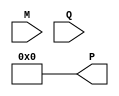
module modified_booth_multiplier(
    input signed [15:0] M,        // Multiplicand
    input signed [15:0] Q,        // Multiplier
    output reg signed [31:0] P     // Product
);
    reg signed [31:0] A;          // Accumulator
    reg [16:0] Q_ext;             // Extended multiplier with sign bit
    reg [4:0] count;              // Count for iterations

    // Booth Encoder
    reg [2:0] booth_code;         // Booth encoding output

    always @(*) begin
        // Initialize values
        A = 0;
        Q_ext = {1'b0, Q};         // Extend Q with sign bit
        count = 16;               // Number of bits to process
        P = 0;                    // Initialize product
    end

    always @(posedge clk) begin
        if (count > 0) begin
            // Booth Encoding
            booth_code = {Q_ext[1], Q_ext[0], Q_ext[16]}; // Q-1 is Q_ext[16]
            case (booth_code)
                3'b000: A = A;                     // No operation
                3'b001: A = A + M;                 // Add multiplicand
                3'b010: A = A + M;                 // Add multiplicand
                3'b011: A = A;                     // No operation
                3'b100: A = A - M;                 // Subtract multiplicand
                3'b101: A = A - M;                 // Subtract multiplicand
                3'b110: A = A;                     // No operation
                3'b111: A = A;                     // No operation
            endcase

            // Shift operation
            {A, Q_ext} = {A[31], A, Q_ext[16:1]}; // Shift left
            count = count - 1;
        end else begin
            P = A; // Final product
        end
    end
endmodule